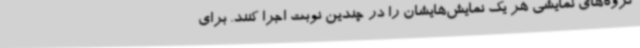
گروه‌های نمایشی هر یک نمایش‌هایشان را در چندین نوبت اجرا کنند. برای